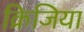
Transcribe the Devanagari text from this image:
क्रिजिया